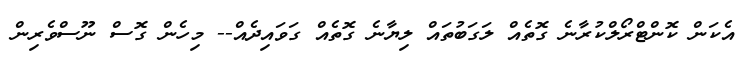
އެކަން ކޮންޓްރޯލްކުރާނެ ގޮތެއް ލަގަބުތައް ލިޔާނެ ގޮތެއް ގަވައިދެއް-- މިހެން ގޮސް ނޫސްވެރިން